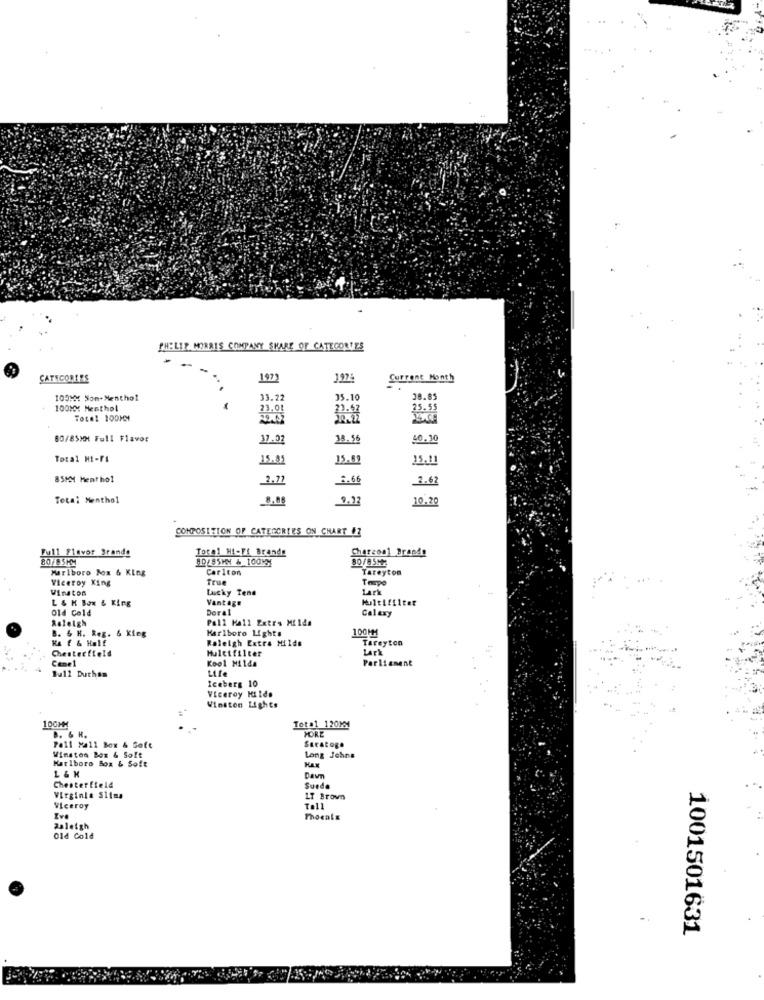
PHILIP MORRIS COMPANY SHARE OF CATEGORIES
CATEGORIES
1975
Current Month
100MM Som-Menthol
33.22
35.10
38.85
100%X Menthol
23.01
Total 10014
60/85MM Full Flavor
10.30
Total HI-FI
15.81
15.09
25.11
85KM Menthol
2.62
Total Menthol
9,92
10.20
COMPOSITION OF CATEGORIES ON CHART #2
Full Flavor Brands
Total HI-Fi Bronde
Charcoal Brands
80/85MM
80/85MM & 100KM
80/85MM
Marlboro Box & King
Carlton
Tareyton
Viceroy Xing
True
Tempo
Winston
Lucky Tend
Lark
L & K Box & King
Vantage
Old Cold
Doral
Galaxy
Raleigh
Pall Mall Extra MEIda
B. & H. Reg. & Kieg
Karlboro Lights
100MM
Ka f & Half
Raleigh Extra Milde
Tareyton
Chesterfield
Muletfilter
Lark
Cene1
Kool Milda
Parliament
Bull Duthen
Life
Iceberg 10
Viceroy Hilde
Winston Lights
100HM
B. & R.
Tot .1 120MM
MORE
Pall Mall Box & Soft
Winston Box & Soft
Saratoga
Marlboro Box & Soft
Long Johns
L & K
Chesterfield
Dawn
Suede
Virginia Slima
LT Brown
Viceroy
Tall
ve
Thoeals
Raleigh
Old Cold
1001501631